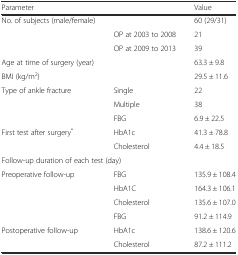
<table><thead><tr><td><b>Parameter</b></td><td></td><td><b>Value</b></td></tr></thead><tbody><tr><td>No. of subjects (male/female)</td><td></td><td>60 (29/31)</td></tr><tr><td></td><td>OP at 2003 to 2008</td><td>21</td></tr><tr><td></td><td>OP at 2009 to 2013</td><td>39</td></tr><tr><td>Age at time of surgery (year)</td><td></td><td>63.3 ± 9.8</td></tr><tr><td>BMI (kg/m<sup>2</sup>)</td><td></td><td>29.5 ± 11.6</td></tr><tr><td rowspan="3">Type of ankle fracture</td><td>Single</td><td>22</td></tr><tr><td>Multiple</td><td>38</td></tr><tr><td>FBG</td><td>6.9 ± 22.5</td></tr><tr><td rowspan="2">First test after surgery<sup>*</sup></td><td>HbA1c</td><td>41.3 ± 78.8</td></tr><tr><td>Cholesterol</td><td>4.4 ± 18.5</td></tr><tr><td colspan="3">Follow-up duration of each test (day)</td></tr><tr><td rowspan="4">Preoperative follow-up</td><td>FBG</td><td>135.9 ± 108.4</td></tr><tr><td>HbA1C</td><td>164.3 ± 106.1</td></tr><tr><td>Cholesterol</td><td>135.6 ± 107.0</td></tr><tr><td>FBG</td><td>91.2 ± 114.9</td></tr><tr><td rowspan="2">Postoperative follow-up</td><td>HbA1c</td><td>138.6 ± 120.6</td></tr><tr><td>Cholesterol</td><td>87.2 ± 111.2</td></tr></tbody></table>